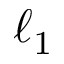
\ell _ { 1 }